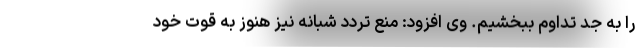
را به جد تداوم ببخشیم. وی افزود: منع تردد شبانه نیز هنوز به قوت خود